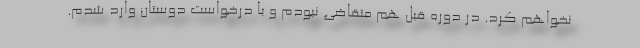
نخواهم کرد. در دوره قبل هم متقاضی نبودم و با درخواست دوستان وارد شدم.